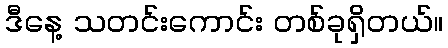
ဒီနေ့ သတင်းကောင်း တစ်ခုရှိတယ်။